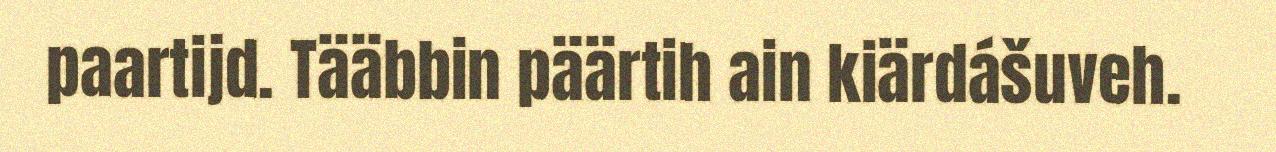
paartijd. Tääbbin päärtih ain kiärdášuveh.